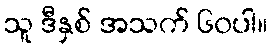
သူ ဒီနှစ် အသက် ၆၀ပါ။